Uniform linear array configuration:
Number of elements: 32
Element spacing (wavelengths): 0.5
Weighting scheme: uniform
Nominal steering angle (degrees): -15
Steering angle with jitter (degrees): -13.714
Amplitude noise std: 0.05
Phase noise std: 0.05

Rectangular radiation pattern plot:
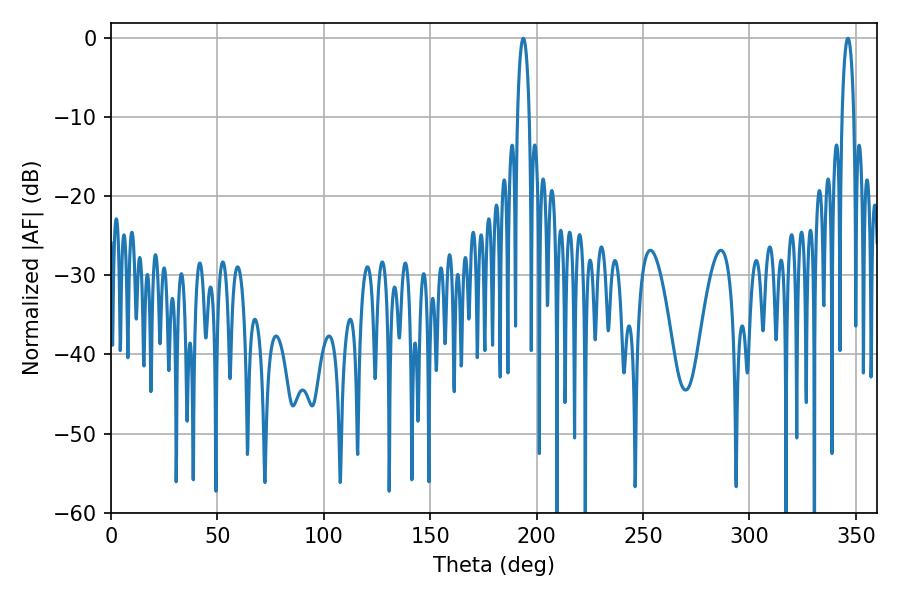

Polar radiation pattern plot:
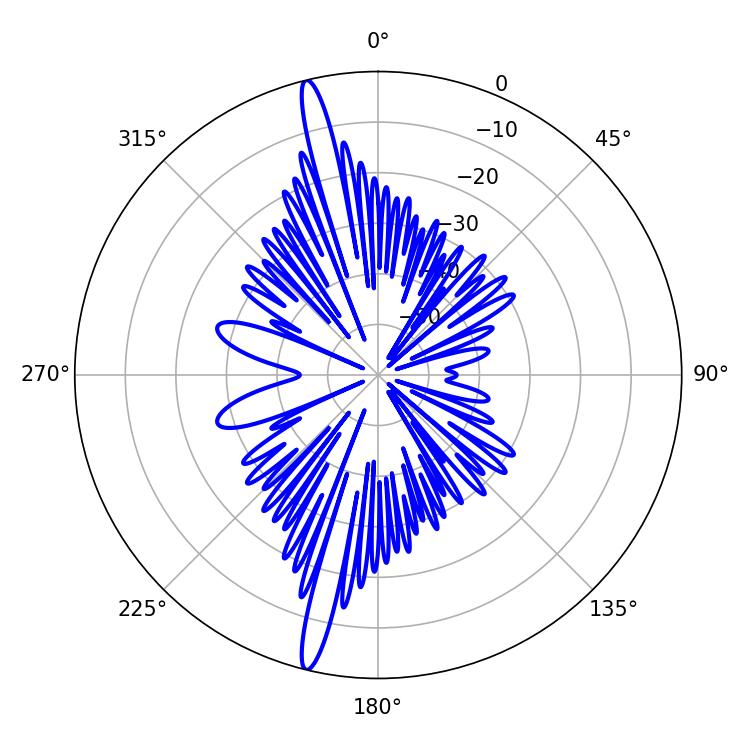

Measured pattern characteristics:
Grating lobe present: FALSE
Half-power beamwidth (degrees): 3.06
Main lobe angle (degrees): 193.68